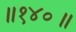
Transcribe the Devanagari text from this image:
॥१४०॥